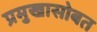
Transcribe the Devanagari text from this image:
प्रमुखासोबत